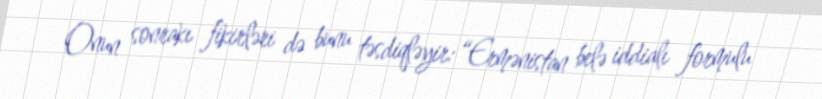
Onun sonrakı fikirləri də bunu təsdiqləyir: “Ermənistan belə iddialı formulu